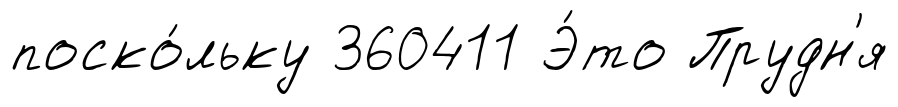
поско́льку 360411 Э́то Прудн'я